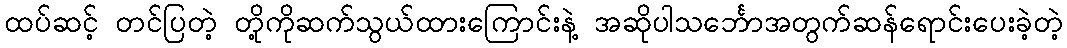
ထပ်ဆင့် တင်ပြတဲ့ တို့ကိုဆက်သွယ်ထားကြောင်းနဲ့ အဆိုပါသင်္ဘောအတွက်ဆန်ရောင်းပေးခဲ့တဲ့